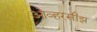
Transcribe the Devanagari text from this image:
ओव्हरसीझ